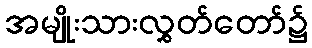
အမျိုးသားလွှတ်တော်၌